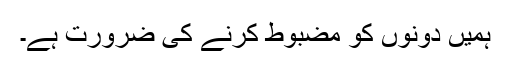
ہمیں دونوں کو مضبوط کرنے کی ضرورت ہے۔